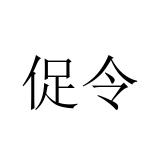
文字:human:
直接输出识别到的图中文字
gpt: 促令